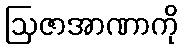
ဩဇာအာဏာကို